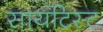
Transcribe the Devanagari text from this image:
सायंटिस्ट